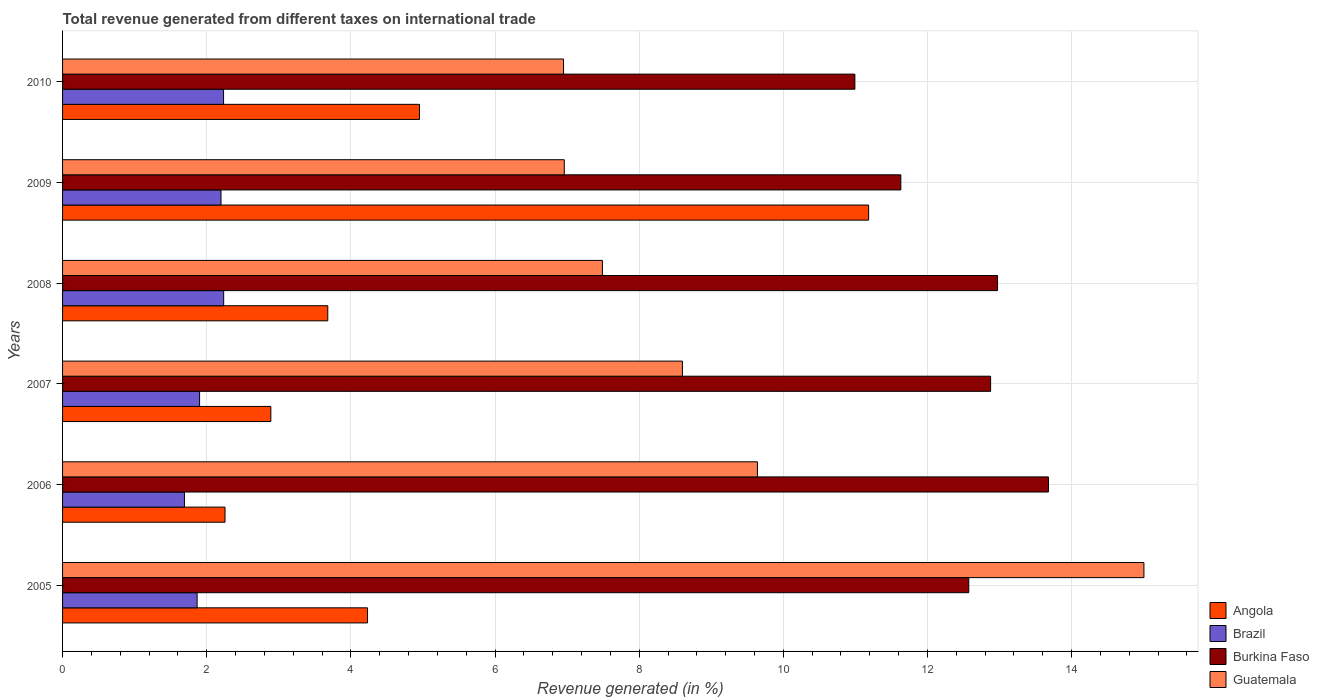
| Years | Angola | Brazil | Burkina Faso | Guatemala |
 | --- | --- | --- | --- | --- |
 | 2005 | 4.23 | 1.87 | 12.6 | 15 |
 | 2006 | 2.25 | 1.69 | 13.7 | 9.64 |
 | 2007 | 2.89 | 1.9 | 12.9 | 8.6 |
 | 2008 | 3.68 | 2.24 | 13 | 7.49 |
 | 2009 | 11.2 | 2.2 | 11.6 | 6.96 |
 | 2010 | 4.95 | 2.23 | 11 | 6.95 |